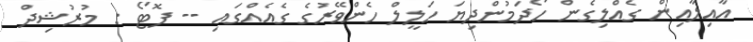
އާއިލާއިން ގެއްލިގެން ހޯދަމުންދިޔަ ހަލީލް ހެންވޭރުގެ ގެއެއްގައި -- ފޮޓޯ : މުރުޝިދް